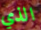
الذي